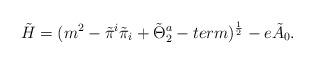
LaTeX: \begin{align*}\tilde H=(m^2-\tilde\pi ^i\tilde \pi _i+\tilde \Theta _2^a-term )^{{1\over 2}} -e\tilde A_0.\end{align*}